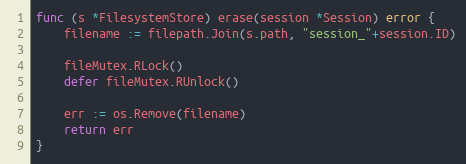
Language: Go
func (s *FilesystemStore) erase(session *Session) error {
	filename := filepath.Join(s.path, "session_"+session.ID)

	fileMutex.RLock()
	defer fileMutex.RUnlock()

	err := os.Remove(filename)
	return err
}